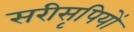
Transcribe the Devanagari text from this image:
सरीसृपियों